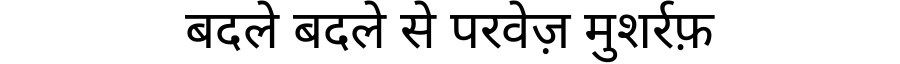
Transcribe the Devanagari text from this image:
बदले बदले से परवेज़ मुशर्रफ़